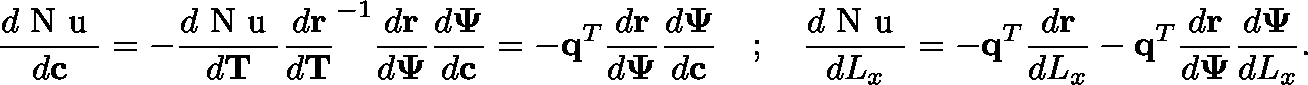
\frac { d \mathrm { ~ N ~ u ~ } } { d \mathbf { c } } = - \frac { d \mathrm { ~ N ~ u ~ } } { d \mathbf { T } } \frac { d \mathbf { r } } { d \mathbf { T } } ^ { - 1 } \frac { d \mathbf { r } } { d \mathbf { \Psi } } \frac { d \mathbf { \Psi } } { d \mathbf { c } } = - \mathbf { q } ^ { T } \frac { d \mathbf { r } } { d \mathbf { \Psi } } \frac { d \mathbf { \Psi } } { d \mathbf { c } } \quad ; \quad \frac { d \mathrm { ~ N ~ u ~ } } { d L _ { x } } = - \mathbf { q } ^ { T } \frac { d \mathbf { r } } { d L _ { x } } - \mathbf { q } ^ { T } \frac { d \mathbf { r } } { d \mathbf { \Psi } } \frac { d \mathbf { \Psi } } { d L _ { x } } .